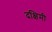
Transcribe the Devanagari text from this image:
दक्षिमी